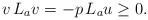
LaTeX: \begin{align*}v\,L_a v = -p\, L_a u \geq 0.\end{align*}